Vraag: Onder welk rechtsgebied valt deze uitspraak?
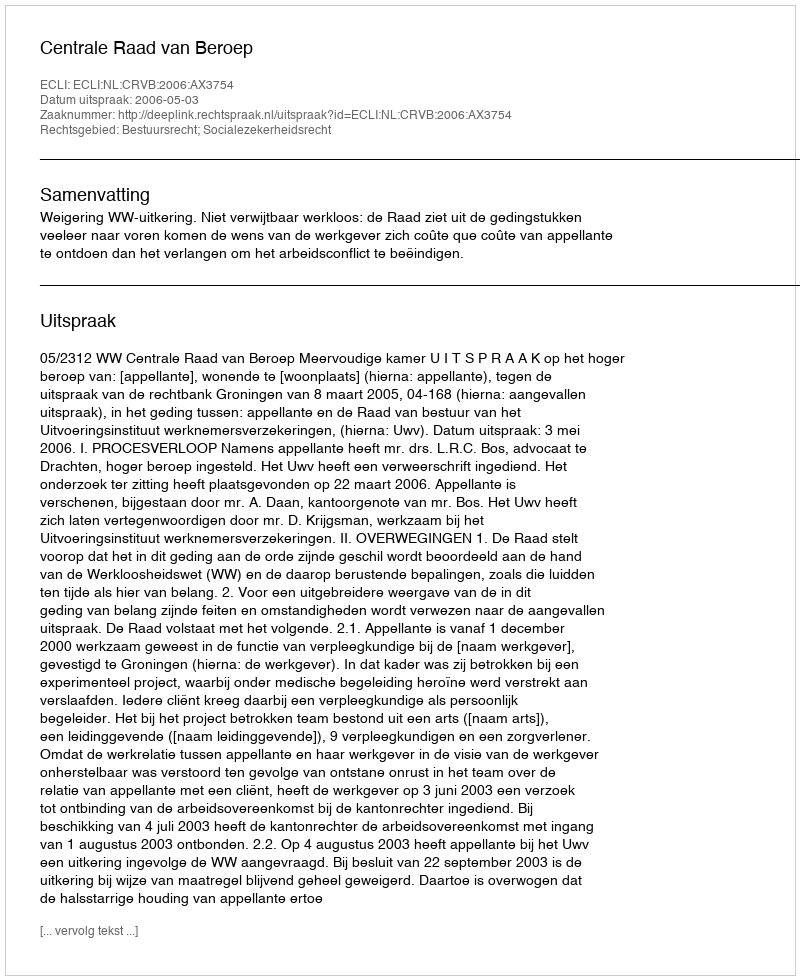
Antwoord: Bestuursrecht; Socialezekerheidsrecht